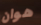
هوان